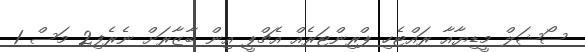
ސޯޝަލް މީޑިޔާއާ ރައްޓެހި ޕްރިންޓަރެއް އެޗްޕީ އިން ބާޒާރަށް ނެރެފި2 މަސް 1